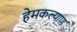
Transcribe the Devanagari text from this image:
हेमकल्याण